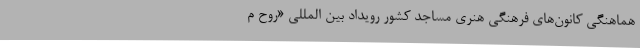
هماهنگی کانون‌های فرهنگی هنری مساجد کشور رویداد بین المللی «روح م